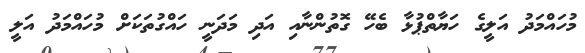
މުހައްމަދު އަލީގެ ހަޔާތްޕުޅާ ބެހޭ ގޮތުންނާއި އަދި މަދަނީ ހައްގުތަކަށް މުހައްމަދު އަލީ